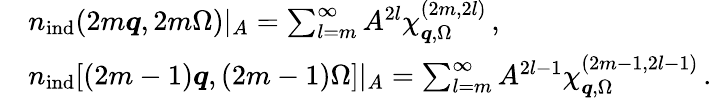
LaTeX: \begin{array}{rl}&{{n}_{\mathrm{ind}}(2m\boldsymbol{q},2m\Omega)|_{A}=\sum_{l=m}^{\infty}A^{2l}\chi_{\boldsymbol{q},\Omega}^{(2m,2l)}\, ,}\\ &{{n}_{\mathrm{ind}}[(2m-1)\boldsymbol{q},(2m-1)\Omega]|_{A}=\sum_{l=m}^{\infty}A^{2l-1}\chi_{\boldsymbol{q},\Omega}^{(2m-1,2l-1)}\, .}\end{array}